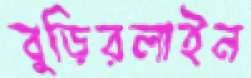
বুড়িরলাইন